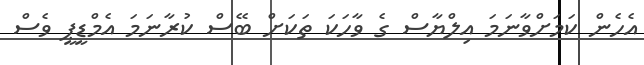
އެހެން ކަމަށްވާނަމަ އިލްޔާސް ގެ ވާހަކަ ތަކަށް ބޭސް ކުރާނަމަ އެމްޑީޕީ ވެސް